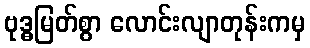
ဗုဒ္ဓမြတ်စွာ လောင်းလျာတုန်းကမှ